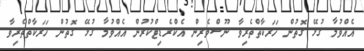
އެއްވުމާ ގުޅޭ ގޮތުން ހަރަކާތްތެރިވާ ނޫސްވެރިން އެކްރެޑިޓްކުރުން އެއްވުމާ ގުޅޭ ގޮތުން ހަރަކާތްތެރިވާ